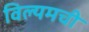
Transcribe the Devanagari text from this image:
विल्यमची